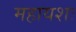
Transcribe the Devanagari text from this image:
महायशः